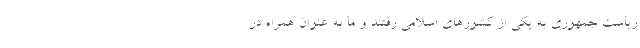
ریاست جمهوری به یکی از کشورهای اسلامی رفتند و ما به عنوان همراه در